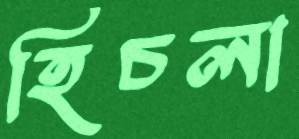
হিচলা